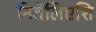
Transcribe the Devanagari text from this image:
निबेंलिएशि